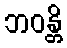
ဘဝန္တိ